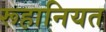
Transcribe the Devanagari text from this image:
रूहानियत